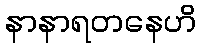
နာနာရတနေဟိ